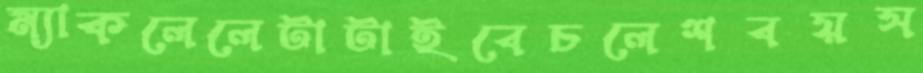
ম্যাকলেলেটাটাইবেচলেশবয়স